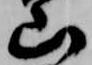
山